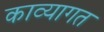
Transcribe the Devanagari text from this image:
काव्यागत